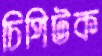
চিপিটক